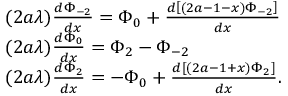
\begin{array} { r l } & { ( 2 a \lambda ) \frac { d \Phi _ { - 2 } } { d x } = \Phi _ { 0 } + \frac { d \left[ ( 2 a - 1 - x ) \Phi _ { - 2 } \right] } { d x } } \\ & { ( 2 a \lambda ) \frac { d \Phi _ { 0 } } { d x } = \Phi _ { 2 } - \Phi _ { - 2 } } \\ & { ( 2 a \lambda ) \frac { d \Phi _ { 2 } } { d x } = - \Phi _ { 0 } + \frac { d \left[ ( 2 a - 1 + x ) \Phi _ { 2 } \right] } { d x } . } \end{array}